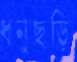
ধনুছড়ি